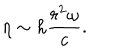
\eta \sim h \frac { r ^ { 2 } \omega } { c } .